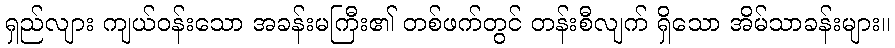
ရှည်လျား ကျယ်ဝန်းသော အခန်းမကြီး၏ တစ်ဖက်တွင် တန်းစီလျက် ရှိသော အိမ်သာခန်းများ။